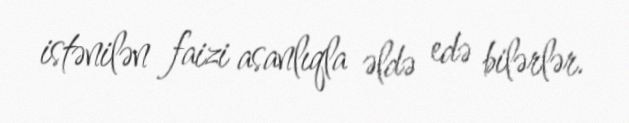
istənilən faizi asanlıqla əldə edə bilərlər.